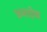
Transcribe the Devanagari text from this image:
जमादोबा